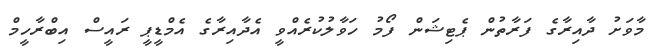
މާވަށު ދާއިރާގެ ފަރާތުން ޕެޓިޝަން ފޯމު ހަވާލުކުރެއްވީ އެދާއިރާގެ އެމްޑީޕީ ރައީސް އިބްރާހީމް